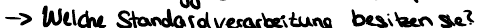
-> Welche Standardverarbeitung besitzen sie?